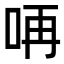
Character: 𠱻